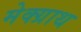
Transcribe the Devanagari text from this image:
मेक्ग्राथ